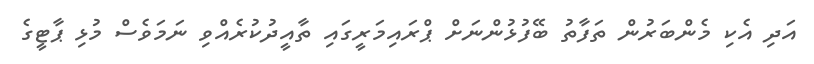
އަދި އެކި މެންބަރުން ތަފާތު ބޭފުޅުންނަށް ޕްރައިމަރީގަައި ތާއީދުކުރެއްވި ނަމަވެސް މުޅި ޕާޓީގެ